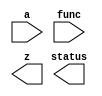

////////////////////////////////////////////////////////////////////////////////
//
//       This confidential and proprietary software may be used only
//     as authorized by a licensing agreement from Synopsys Inc.
//     In the event of publication, the following notice is applicable:
//
//                    (C) COPYRIGHT 2009 - 2018 SYNOPSYS INC.
//                           ALL RIGHTS RESERVED
//
//       The entire notice above must be reproduced on all authorized
//     copies.
//
//
// VERSION:   Simulation Model for DW_lp_multifunc
//
// DesignWare_version: 59296472
// DesignWare_release: O-2018.06-DWBB_201806.3
//
////////////////////////////////////////////////////////////////////////////////

////////////////////////////////////////////////////////////////////////////////
//-----------------------------------------------------------------------------
//
// ABSTRACT: Fixed-point Multi-function Unit
//
//              DW_lp_multifunc calculates transcendental functions 
//              with polynomial approximation method. Functions that are 
//              implemented include reciprocal, square root, inverse 
//              square root, trigonometric functions, logarithm and 
//              exponential function. All can be implemented in one unit,
//              but user can choose some of them or just one function for
//              the implementation. The results keeps 1 ulp or 2 ulp error
//              range by the user's choice. 
//
//              parameters      valid values (defined in the DW manual)
//              ==========      ============
//              op_width        operand width,  3 to 24 bits
//              func_select     Select functions to be implemented
//                              16-bit binary parameter
//                              func_select[0]: reciprocal, 1/x
//                              func_select[1]: square root, sqrt(x)
//                              func_select[2]: inv. square root, 1/sqrt(x)
//                              func_select[3]: sine function, sin(pi*x)
//                              func_select[4]: cosine function, cos(pi*x)
//                              func_select[5]: base-2 log function, log2(x)
//                              func_select[6]: base-2 power function, 2^x
//                              func_select[7:15]: reserved
//
//              Input ports     Size & Description
//              ===========     ==================
//              A               (op_width + 1) bits
//                              Fixed-point Number Input
//              FUNC            16-bit Function selection port
//                              Output function is determined by FUNC
//
//              Output ports    Size & Description
//              ===========     ==================
//              Z               (op_width + 2) bits
//                              Fixed-point number output
//              status          1 bit
//
//-----------------------------------------------------------------------------
////////////////////////////////////////////////////////////////////////////////
`ifdef VCS
`include "vcs/DW_lp_multifunc.v"
`else

module DW_lp_multifunc (
                   a,
                   func,
                   z,
                   status);


  parameter integer op_width = 24;        // RANGE 3 to 24
  parameter integer func_select = 127;    // RANGE 1 to 127

  localparam opt1 = 1;             // RANGE 0 to 1


  input [op_width:0] a;
  input [15:0] func;
  output [op_width + 1:0] z;
  output status;

// synopsys translate_off

  initial begin : PROC_invald_simulator_msg
    
    $display( "\
ERROR: %m:\
  ******************************************************\
  *                                                    *\
  *  The DesignWare minPower Library Component,        *\
  *  DW_lp_multifunc, is only supported for Synopsys   *\
  *  VCS and VCS-MX simulators.                        *\
  *                                                    *\
  *  support@synopsys.com                              *\
  *                                                    *\
  ******************************************************\
  ");
    $finish;


  end

// synopsys translate_on
endmodule
`endif